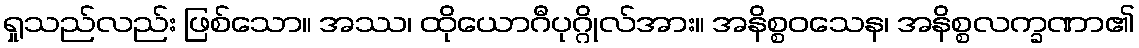
ရှုသည်လည်း ဖြစ်သော။ အဿ၊ ထိုယောဂီပုဂ္ဂိုလ်အား။ အနိစ္စဝသေန၊ အနိစ္စလက္ခဏာ၏